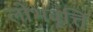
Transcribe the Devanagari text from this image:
लोभवृत्ति